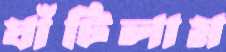
ঘাঁটিলাম